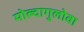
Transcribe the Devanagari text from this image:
मोल्दागुलोवा